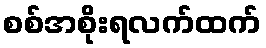
စစ်အစိုးရလက်ထက်